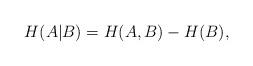
LaTeX: \begin{align*} H(A|B) &= H(A,B) - H(B),\end{align*}